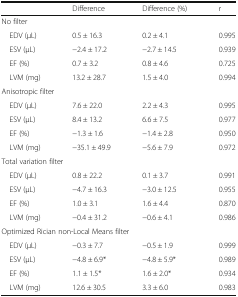
<table><thead><tr><td></td><td><b>Difference</b></td><td><b>Difference (%)</b></td><td><b>r</b></td></tr></thead><tbody><tr><td colspan="4">No filter</td></tr><tr><td> EDV (μL)</td><td>0.5 ± 16.3</td><td>0.2 ± 4.1</td><td>0.995</td></tr><tr><td> ESV (μL)</td><td>−2.4 ± 17.2</td><td>−2.7 ± 14.5</td><td>0.939</td></tr><tr><td> EF (%)</td><td>0.7 ± 3.2</td><td>0.8 ± 4.6</td><td>0.725</td></tr><tr><td> LVM (mg)</td><td>13.2 ± 28.7</td><td>1.5 ± 4.0</td><td>0.994</td></tr><tr><td colspan="4">Anisotropic filter</td></tr><tr><td> EDV (μL)</td><td>7.6 ± 22.0</td><td>2.2 ± 4.3</td><td>0.995</td></tr><tr><td> ESV (μL)</td><td>8.4 ± 13.2</td><td>6.6 ± 7.5</td><td>0.977</td></tr><tr><td> EF (%)</td><td>−1.3 ± 1.6</td><td>−1.4 ± 2.8</td><td>0.950</td></tr><tr><td> LVM (mg)</td><td>−35.1 ± 49.9</td><td>−5.6 ± 7.9</td><td>0.972</td></tr><tr><td colspan="4">Total variation filter</td></tr><tr><td> EDV (μL)</td><td>0.8 ± 22.2</td><td>0.1 ± 3.7</td><td>0.991</td></tr><tr><td> ESV (μL)</td><td>−4.7 ± 16.3</td><td>−3.0 ± 12.5</td><td>0.955</td></tr><tr><td> EF (%)</td><td>1.0 ± 3.1</td><td>1.6 ± 4.4</td><td>0.870</td></tr><tr><td> LVM (mg)</td><td>−0.4 ± 31.2</td><td>−0.6 ± 4.1</td><td>0.986</td></tr><tr><td colspan="4">Optimized Rician non-Local Means filter</td></tr><tr><td> EDV (μL)</td><td>−0.3 ± 7.7</td><td>−0.5 ± 1.9</td><td>0.999</td></tr><tr><td> ESV (μL)</td><td>−4.8 ± 6.9*</td><td>−4.8 ± 5.9*</td><td>0.989</td></tr><tr><td> EF (%)</td><td>1.1 ± 1.5*</td><td>1.6 ± 2.0*</td><td>0.934</td></tr><tr><td> LVM (mg)</td><td>12.6 ± 30.5</td><td>3.3 ± 6.0</td><td>0.983</td></tr></tbody></table>